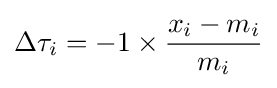
\Delta \tau _{i}=-1\times {\frac {x_{i}-m_{i}}{m_{i}}}